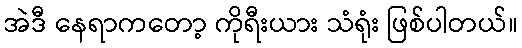
အဲဒီ နေရာကတော့ ကိုရီးယား သံရုံး ဖြစ်ပါတယ်။